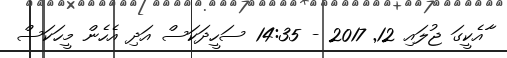
ާާއެކީގަ ޖުލައި 12